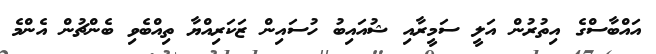
އައްބާސްގެ އިތުރުން އަލީ ސަމީރާއި ޝުއައިބު ހުސައިން ޒަކަރިއްޔާ ތިއްބެވި ބެންޗުން އެންމެ